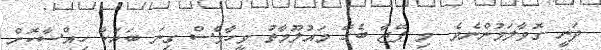
ދަނީ ގޮވާލަމުންނެވެ. މި ޕޭޖާ ބެހޭ މައުލޫމާތު ވީހާވެސް ގިނަ ބަޔަކާ ހިއްސާކޮށް